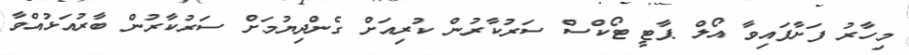
މިހާރު ފަށާފައިވާ އޯލް ޕާޓީ ޓޯކްސް ސަރުކާރުން ކުރިއަށް ގެންދިޔުމަށް ސަރުކާރުން ބާރުއަޅުއްވާ